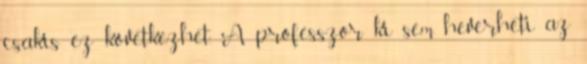
csakis ez következhet. A professzor ki sem heverheti az